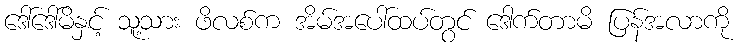
ဒေါ်ဒေါ်မိနှင့် သူ့သား ဖိလစ်က အိမ်အပေါ်ထပ်တွင် ဒေါက်တာမိ ပြန်အလာကို